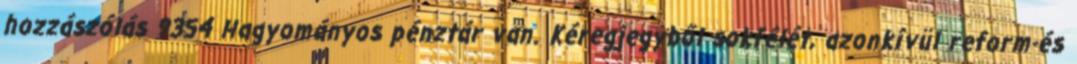
hozzászólás 9354 Hagyományos pénztár van. Kéregjegyből sokfélét, azonkívül reform-és